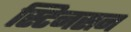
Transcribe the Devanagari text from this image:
स्टिनसन